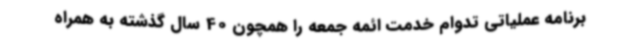
برنامه عملیاتی تدوام خدمت ائمه‌ جمعه را همچون 40 سال گذشته به همراه